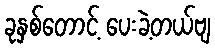
ခုနှစ်တောင့် ပေးခဲ့တယ်ဗျ